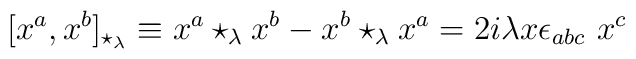
[x^a, x^b]_{\star_{\lambda}} \equiv x^a \star_{\lambda} x^b- x^b \star_{\lambda} x^a = 2i \lambda x \epsilon_{abc} \ x^c